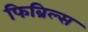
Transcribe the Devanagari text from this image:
फिब्रिल्स